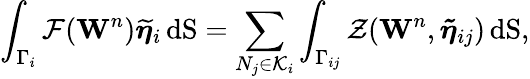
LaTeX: \int_{\Gamma_{i}}\mathbf{\mathcal{F}}(\mathbf{W}^{n})\boldsymbol{\widetilde{\eta}}_{i}\, \mathrm{dS}=\displaystyle\sum_{N_{j}\in{\cal K}_{i}}\displaystyle\int_{\Gamma_{ij}}{\mathcal{Z}}(\mathbf{W}^{n},{\boldsymbol{\tilde{\eta}}}_{ij})\, \mathrm{dS},